Lunatic asylums in Bengal annual reports 1912-1924 - 1912-1924
Year: 1912
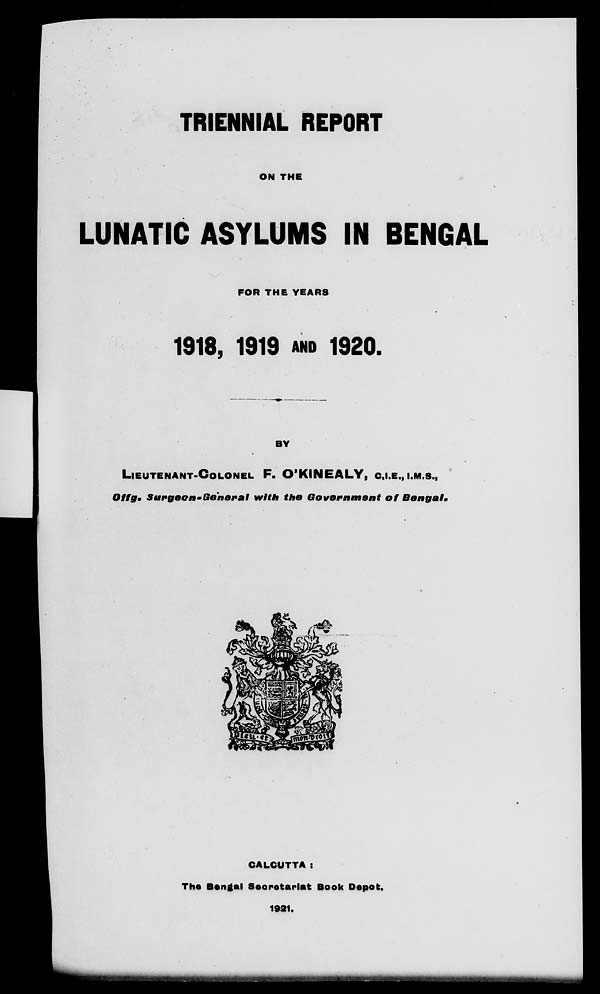
TRIENNIAL REPORT
ON THE
LUNATIC ASYLUMS IN BENGAL
FOR THE YEARS
1918, 1919 AND 1920.
BY
LIEUTENANT-COLONEL F. O'KINEALY, C.I.E., I.M.S.,
Offg. Surgeon-General
with the Government
of
Bengal.
CALCUTTA :
The Bengal Secretariat Book Depot.
1921.